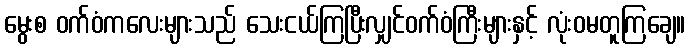
မွေးစ ဝက်ဝံကလေးများသည် သေးငယ်ကြပြီးလျှင်ဝက်ဝံကြီးများနှင့် လုံးဝမတူကြချေ။